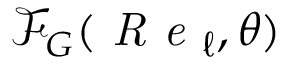
\mathcal { F } _ { G } ( \textit { R e } _ { \ell } , \theta )